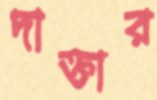
দাক্তার